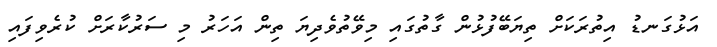
އަޅުގަނޑު އިތުރަކަށް ތިޔަބޭފުޅުން ގާތުގައި މިވޭތުވެދިޔަ ތިން އަހަރު މި ސަރުކާރަށް ކުރެވިފައި